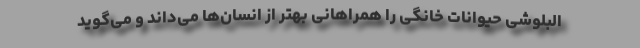
البلوشی حیوانات خانگی را همراهانی بهتر از انسان‌ها می‌داند و می‌گوید